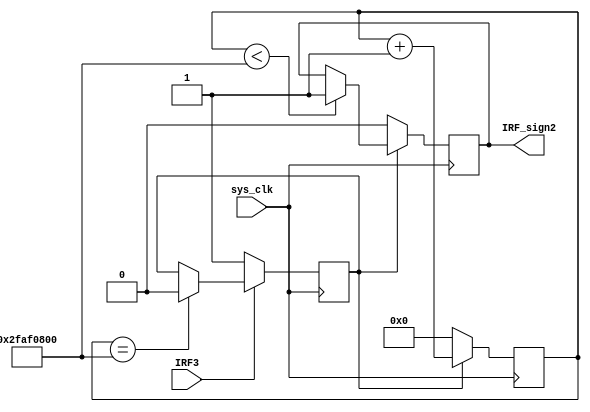
module sign_made3(
	sys_clk,
	IRF3,
	IRF_sign2);

	//---Ports declearation: generated by Robei---
	input sys_clk;
	input IRF3;
	output IRF_sign2;

	wire sys_clk;
	wire IRF3;
	reg IRF_sign2;

	//----Code starts here: integrated by Robei-----
	//parameter       MADE12 = 800000000;
	parameter       MADEFZ2 = 800000000;
	
	reg         [31:0]      made_cnt2 = 0;
	
	reg                         IRF_m_sign2;
	
	always@(posedge sys_clk) begin
	         if(IRF_m_sign2) begin
	                  if(made_cnt2 < MADEFZ2) begin
	                         IRF_sign2 <= 1;
	                        made_cnt2 = made_cnt2 + 1; 
	                  end
	                  else begin
	                        made_cnt2 = made_cnt2 + 1; 
	                  end
	         end
	        else begin
	                  made_cnt2 <= 0;
	                  IRF_sign2 <= 0;
	        end
	
	end
	
	always@(posedge sys_clk) begin
	        if(!IRF3) begin
	             IRF_m_sign2 <= 1;
	        end
	        else if(made_cnt2 == MADEFZ2) begin
	             IRF_m_sign2 <= 0;
	        end
	        else begin
	             IRF_m_sign2 <= IRF_m_sign2;
	        end
	
	end
	
	
	
	
endmodule    //sign_made3